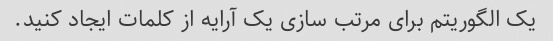
یک الگوریتم برای مرتب سازی یک آرایه از کلمات ایجاد کنید.